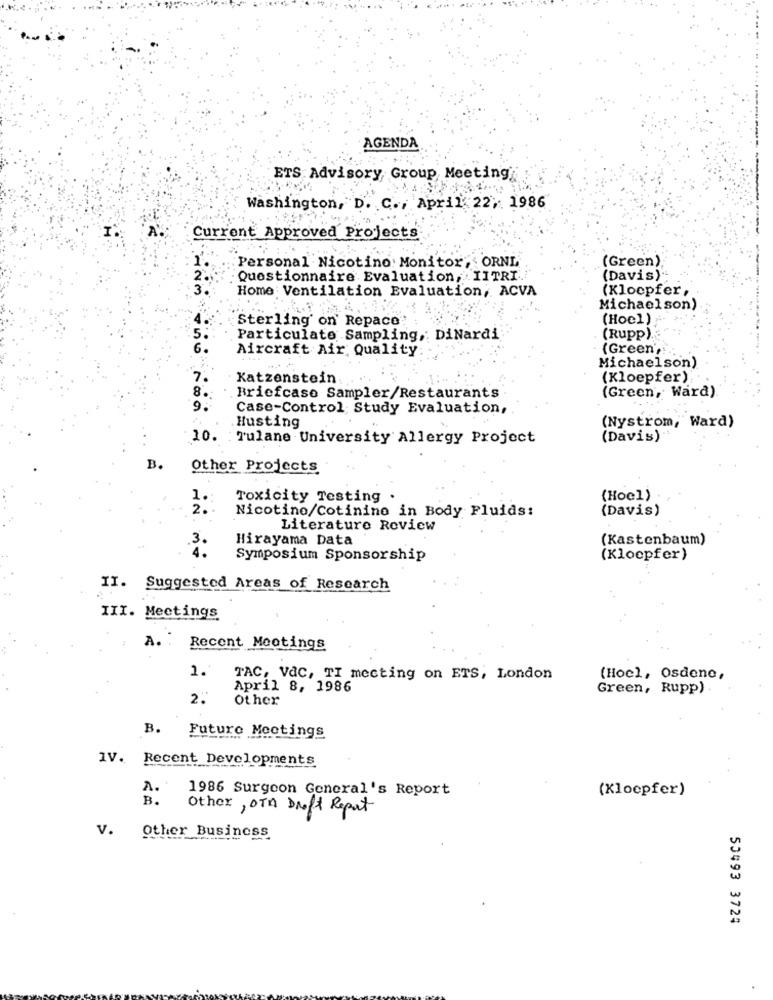
AGENDA
ETS Advisory Group Meeting
Washington, D. C ., April 22, 1986
A.
Current Approved Projects
(Green)
: Personal Nicotino: Monitor ,. ORNL
Questionnaire Evaluation, LITRI
(Davis)"
in
Home Ventilation Evaluation, ACVA
(Klocpfer,
Michaelson)
Sterling' on' Repaco
(Hocl)
Particulate Sampling, DiNardi
(Rupp).
Aircraft Air Quality
(Green',
Michaelson)
Katzenstein
(Kloepfer)
8.
(Green, Ward)
Briefcase Sampler/Restaurants
9.
Case-Control Study Evaluation,
. Husting
(Nystrom, Ward)
10. Tulane University Allergy Project
(Davis)
B.
Other Projects
Toxicity Testing .
(Hocl)
2:
Nicotino/Cotinino in Body Fluids:
(Davis)
Literature Review
Hirayama Data
(Kastenbaum)
Symposium Sponsorship
(Kloopfer)
II. Suggested Areas of Research
III. Meetings
Z
A. .
Recent Meetings
1.
TAC, Vac, TI mecting on ETS, London
(Hocl, Osdene,
April 8, 1986
Green, Rupp)
2.
Other
B.
Future Meetings
IV. Recent Developments
1986 Surgeon General's Report
(Kloepfer)
B.
Other, OTH Draft Report
V.
Other Business
53493 3725